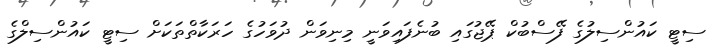
ސިޓީ ކައުންސިލުގެ ފޭސްބުކް ޕޭޖުގައި ބުނެފައިވަނީ މިނިވަން ދުވަހުގެ ހަރަކާތްތަކަށް ސިޓީ ކައުންސިލްގެ